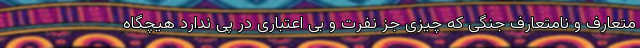
متعارف و نامتعارف جنگی که چیزی جز نفرت و بی اعتباری در پی ندارد هیچگاه